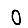
Digit: 0